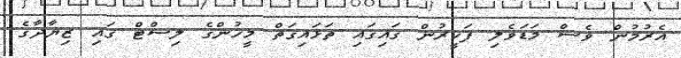
އެރުމުން ވެސް މަޑަވެލި ފަކީރުން ގައިގައި ތަޅައިގަތް މީހުންގެ ލިސްޓް ގައި ޒިޔާދާގެ